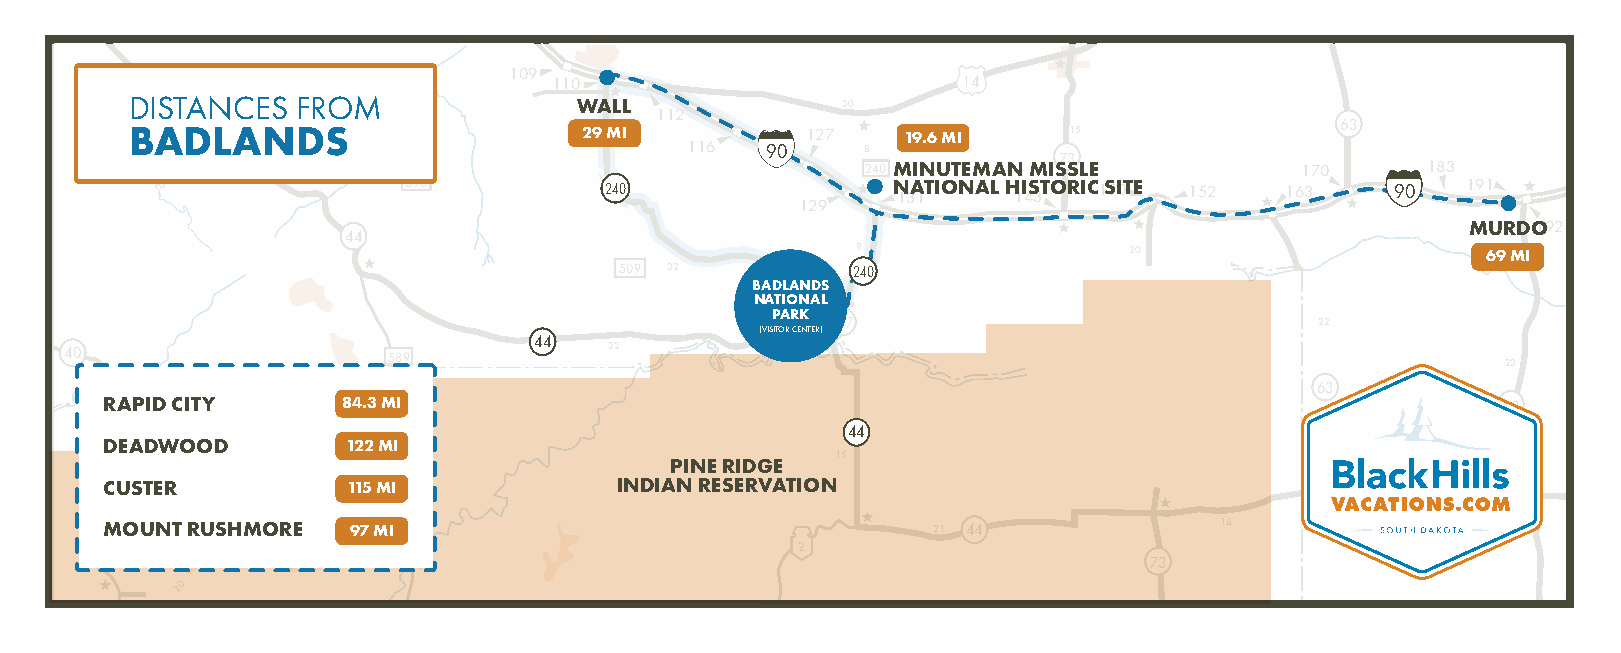
109
 110                        14
 DISTANCES  FROM              WALL              30
 112
 63
 BADLANDS                      29 MI         127    19.6 MI    15
 116   90    8
 32                           240 MINUTEMAN MIS7 S3 LE     170     183
 590          240                N 13A 1TIONAL H 1I 4S 3TORIC1 S5I0TE 152 163 90 191
 129
 MURDO192
 44
 9                 20                     69 MI
 509 32         240
 BADLANDS
 NATIONAL
 PARK2
 377                             22
 (VISITOR CENTER)
 44
 40                    589           32
 23
 63
 RAPID CITY      84.3 MI20                                                                   83
 44
 DEADWOOD        122 MI
 27                           15                                      25
 PINE RIDGE
 41                                                                                          44
 CUSTER          115 MI            INDIAN RESERVATION
 14 MOUNT RUSHMORE 97 MI                                 21 44              16
 2
 2                                                        73
 20